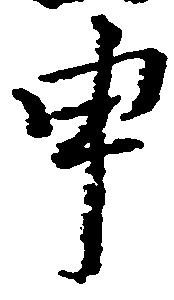
申